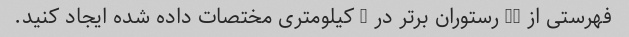
فهرستی از 10 رستوران برتر در 5 کیلومتری مختصات داده شده ایجاد کنید.